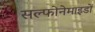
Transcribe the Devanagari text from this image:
सल्फोनेमाइडों